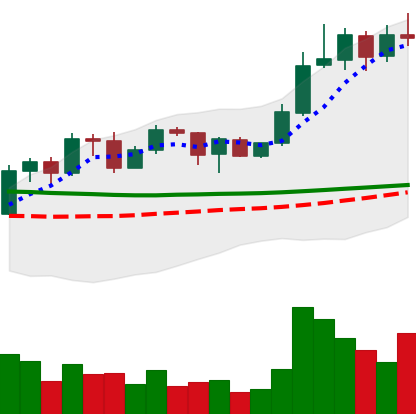
Ticker: ADA-USD
Chart end date: 2020-02-02
Forward return: 7.212%
Label: up_7plus